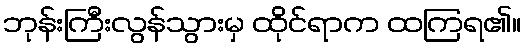
ဘုန်းကြီးလွန်သွားမှ ထိုင်ရာက ထကြရ၏။